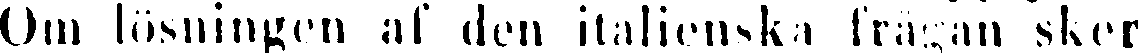
Om lösningen af den italienska frågan sker